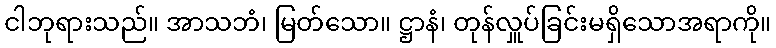
ငါဘုရားသည်။ အာသဘံ၊ မြတ်သော။ ဋ္ဌာနံ၊ တုန်လှူပ်ခြင်းမရှိသောအရာကို။